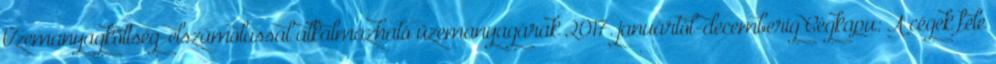
Üzemanyagköltség-elszámolással alkalmazható üzemanyagárak 2017. januártól-decemberig Cégkapu: A cégek fele